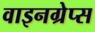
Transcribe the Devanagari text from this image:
वाइनग्रेप्स